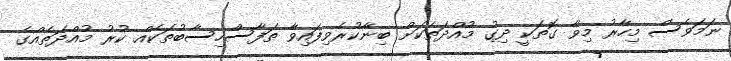
ނަމަވެސް މިހާރު މިވާ ގޮތަކީ ދިގު މުއްދަތަކަށް ބިނާކުރެވިފައިވާ ތަފާސްހިސާބުތަކެއް ކުރު މުއްދަތެއްގެ